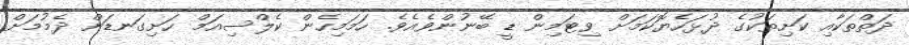
ދަތްތަކާއި ކަށިތަކުގެ ދުޅަހެޔޮކަމަށް ވިޓަމިން ޑީ ބޭނުންވެއެވެ. ހަމަމިހެން ކެލްސިއަމް ހަށިގަނޑަށް ދެމުމަށް